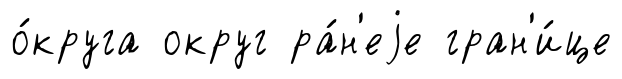
о́круга округ ра́н'еjе гран'и́це